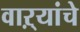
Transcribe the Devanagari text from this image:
वाऱ्यांचे